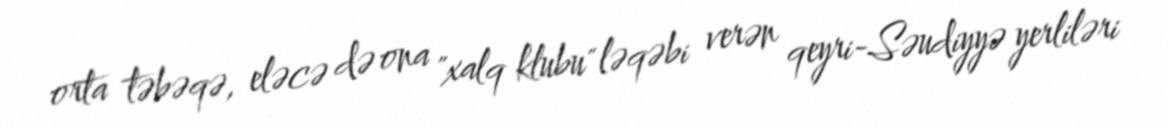
orta təbəqə, eləcə də ona "xalq klubu" ləqəbi verən qeyri-Səudiyyə yerliləri